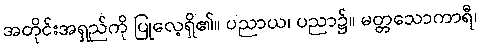
အတိုင်းအရှည်ကို ပြုလေ့ရှိ၏။ ပညာယ၊ ပညာ၌။ မတ္တသောကာရီ၊